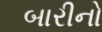
બારીનો